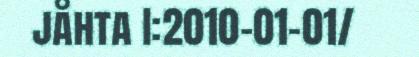
jåhta I:2010-01-01/